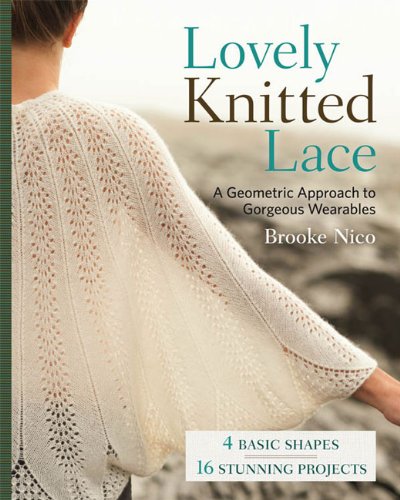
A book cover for Lovely Knitted Lace: A Geometric Approach to Gorgeous Wearables; Brooke Nico; Crafts, Hobbies & Home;